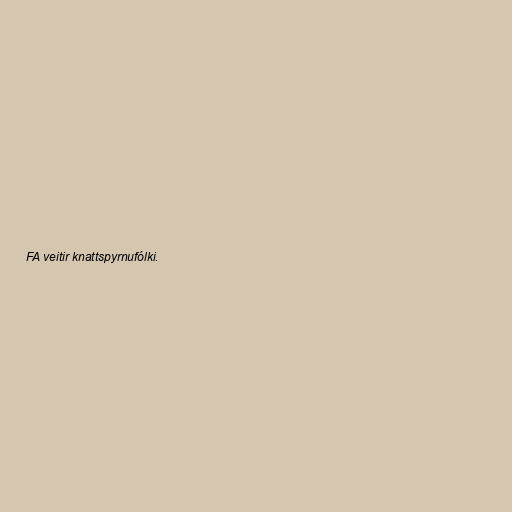
FA veitir knattspyrnufólki.